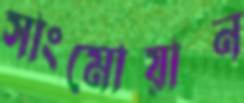
সাংমোয়ান